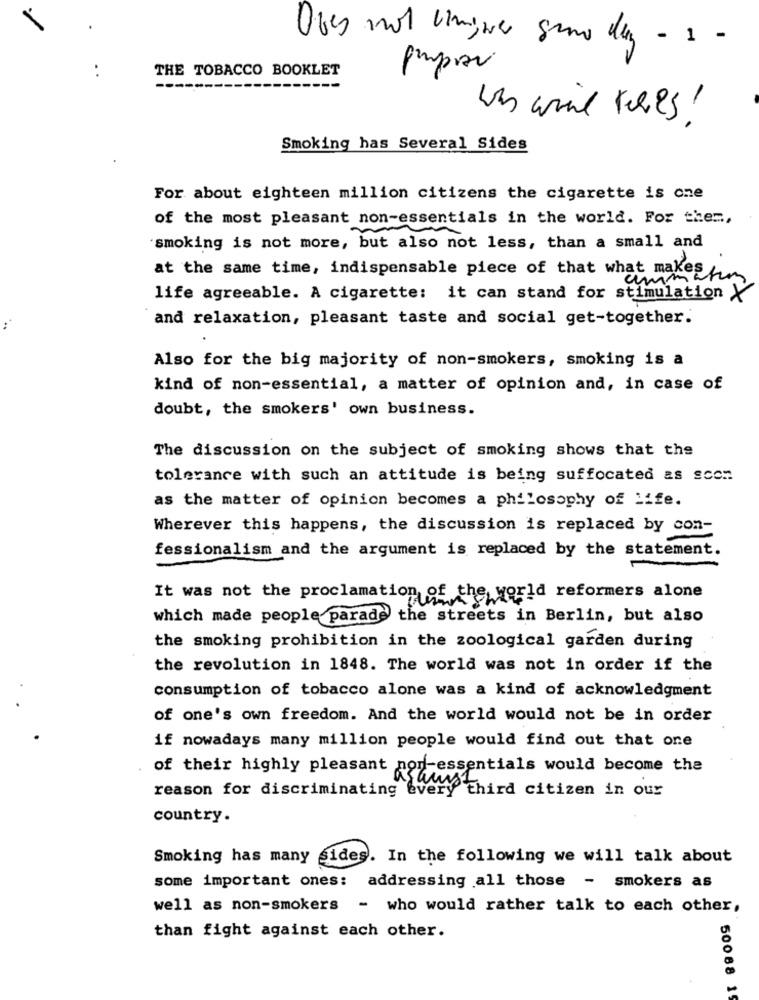
THE TOBACCO BOOKLET
pmpor
Smoking has Several Sides
For about eighteen million citizens the cigarette is one
of the most pleasant non-essentials in the world. For them,
smoking is not more, but also not less, than a small and
at the same time, indispensable piece of that what makes
ammatin
life agreeable. A cigarette: it can stand for stimulation
and relaxation, pleasant taste and social get-together.
Also for the big majority of non-smokers, smoking is a
kind of non-essential, a matter of opinion and, in case of
doubt, the smokers' own business.
The discussion on the subject of smoking shows that the
tolerance with such an attitude is being suffocated as soon
as the matter of opinion becomes a philosophy of Life.
Wherever this happens, the discussion is replaced by con-
fessionalism and the argument is replaced by the statement.
It was not the proclamation of the world reformers alone
which made people parade the streets in Berlin, but also
the smoking prohibition in the zoological garden during
the revolution in 1848. The world was not in order if the
consumption of tobacco alone was a kind of acknowledgment
of one's own freedom. And the world would not be in order
if nowadays many million people would find out that one
of their highly pleasant non-essentials would become the
reason for discriminating every third citizen in our
asaus
country.
Smoking has many sides. In the following we will talk about
some important ones: addressing all those - smokers as
well as non-smokers - who would rather talk to each other,
than fight against each other.
50068 1